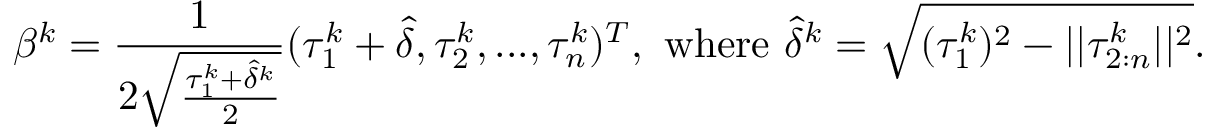
\beta ^ { k } = \frac { 1 } { 2 \sqrt { \frac { \tau _ { 1 } ^ { k } + \hat { \delta } ^ { k } } { 2 } } } ( \tau _ { 1 } ^ { k } + \hat { \delta } , \tau _ { 2 } ^ { k } , . . . , \tau _ { n } ^ { k } ) ^ { T } , \mathrm { ~ w h e r e ~ } \hat { \delta } ^ { k } = \sqrt { ( \tau _ { 1 } ^ { k } ) ^ { 2 } - | | \tau _ { 2 : n } ^ { k } | | ^ { 2 } } .